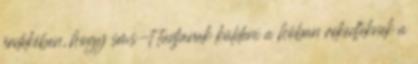
érdekében, hogy sms-t tudjanak küldeni a hóban rekedteknek a